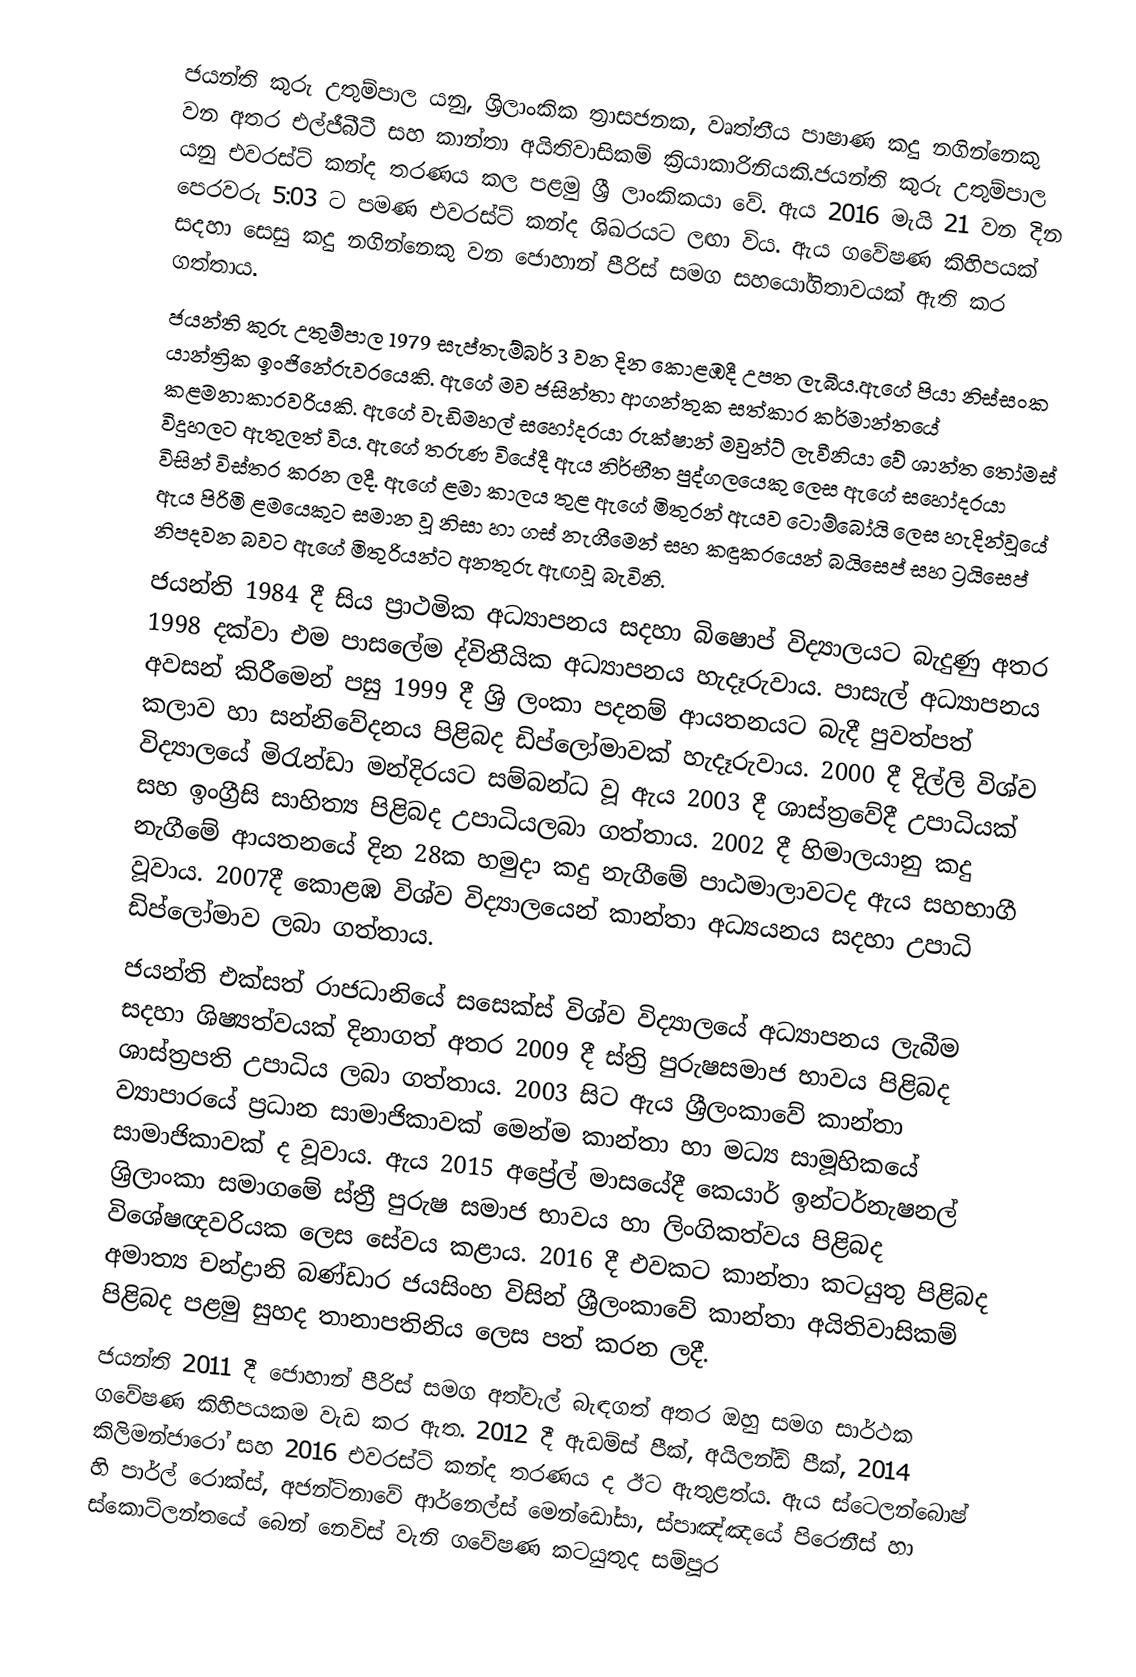
ජයන්ති කුරු උතුම්පාල යනු, ශ්‍රිලාංකික ත්‍රාසජනක,  වෘත්තීය පාෂාණ කදු නගින්නෙකු වන අතර එල්ජීබීටී සහ කාන්තා අයිතිවාසිකම් ක්‍රියාකාරිනියකි.ජයන්ති කුරු උතුම්පාල යනු එවරස්ට් කන්ද තරණය කල පළමු ශ්‍රී ලාංකිකයා වේ. ඇය 2016 මැයි 21 වන දින පෙරවරු 5:03 ට පමණ එවරස්ට් කන්ද ශිඛරයට ලඟා විය. ඇය ගවේෂණ කිහිපයක් සදහා සෙසු කදු නගින්නෙකු වන ජොහාන් පීරිස් සමග සහයෝගිතාවයක් ඇති කර ගත්තාය.
                       ජයන්ති කුරු උතුම්පාල 1979 සැප්තැම්බර් 3 වන දින කොළඹදී උපත ලැබීය.ඇගේ පියා නිස්සංක යාන්ත්‍රික ඉංජිනේරුවරයෙකි. ඇගේ මව ජසින්තා ආගන්තුක සත්කාර කර්මාන්තයේ කළමනාකාරවරියකි. ඇගේ වැඩිමහල් සහෝදරයා රුක්ෂාන් මවුන්ට් ලැවීනියා වේ ශාන්ත තෝමස් විදුහලට ඇතුලත් විය. ඇගේ තරුණ වියේදී ඇය නිර්භීත පුද්ගලයෙකු ලෙස ඇගේ සහෝදරයා විසින් විස්තර කරන ලදී. ඇගේ ළමා කාලය තුළ ඇගේ මිතුරන් ඇයව ටොම්බෝයි ලෙස හැදින්වූයේ ඇය පිරිමි ළමයෙකුට සමාන වූ නිසා හා ගස් නැගීමෙන් සහ කඳුකරයෙන් බයිසෙප් සහ ට්‍රයිසෙප් නිපදවන බවට ඇගේ මිතුරියන්ට අනතුරු ඇඟවූ බැවිනි.
                  ජයන්ති 1984 දී සිය ප්‍රාථමික අධ්‍යාපනය සදහා බිෂොප් විද්‍යාලයට බැදුණු අතර 1998 දක්වා එම පාසලේම ද්විතීයික අධ්‍යාපනය හැදෑරුවාය. පාසැල් අධ්‍යාපනය අවසන් කිරීමෙන් පසු 1999 දී ශ්‍රි ලංකා පදනම් ආයතනයට බැදී පුවත්පත් කලාව හා සන්නිවේදනය පිළිබද ඩිප්ලෝමාවක් හැදෑරුවාය. 2000 දී දිල්ලි විශ්ව විද්‍යාලයේ මිරැන්ඩා මන්දිරයට සම්බන්ධ වූ ඇය 2003 දී ශාස්ත්‍රවේදී උපාධියක් සහ ඉංග්‍රීසි සාහිත්‍ය පිළිබද උපාධියලබා ගත්තාය. 2002 දී හිමාලයානු කදු නැගීමේ ආයතනයේ දින 28ක හමුදා කදු නැගීමේ පාඨමාලාවටද ඇය සහභාගී වූවාය. 2007දී කොළඹ විශ්ව විද්‍යාලයෙන් කාන්තා අධ්‍යයනය සදහා උපාධි ඩිප්ලෝමාව ලබා ගත්තාය.
             ජයන්ති එක්සත් රාජධානියේ සසෙක්ස් විශ්ව විද්‍යාලයේ අධ්‍යාපනය ලැබීම සදහා ශිෂ්‍යත්වයක් දිනාගත් අතර 2009 දී ස්ත්‍රි පුරුෂසමාජ භාවය පිළිබද ශාස්ත්‍රපති උපාධිය ලබා ගත්තාය. 2003 සිට ඇය ශ්‍රීලංකාවේ කාන්තා ව්‍යාපාරයේ ප්‍රධාන සාමාජිකාවක් මෙන්ම කාන්තා හා මධ්‍ය සාමූහිකයේ සාමාජිකාවක් ද වූවාය. ඇය 2015 අප්‍රේල් මාසයේදී කෙයාර් ඉන්ටර්නැෂනල් ශ්‍රිලාංකා සමාගමේ ස්ත්‍රී පුරුෂ සමාජ භාවය හා ලිංගිකත්වය පිළිබද විශේෂඥවරියක ලෙස සේවය කළාය. 2016 දී එවකට කාන්තා කටයුතු පිළිබද අමාත්‍ය චන්ද්‍රානි බණ්ඩාර ජයසිංහ විසින් ශ්‍රීලංකාවේ කාන්තා අයිතිවාසිකම් පිළිබද පළමු සුහද තානාපතිනිය ලෙස පත් කරන ලදී.
                 ජයන්ති 2011 දී ජොහාන් පීරිස් සමග අත්වැල් බැඳගත් අතර ඔහු සමග සාර්ථක ගවේෂණ කිහිපයකම වැඩ කර ඇත. 2012 දී ඇඩම්ස් පීක්, අයිලන්ඩ් පීක්, 2014 කිලිමන්ජාරෝ සහ 2016 එවරස්ට් කන්ද තරණය ද ඊට ඇතුළත්ය. ඇය ස්ටෙලන්බොෂ් හි පාර්ල් රොක්ස්, අජන්ටිනාවේ ආර්නෙල්ස් මෙන්ඩෝසා, ස්පාඤ්ඤයේ පිරෙනීස් හා ස්කොට්ලන්තයේ බෙන් නෙවිස් වැනි ගවේෂණ කටයුතුද සම්පූර